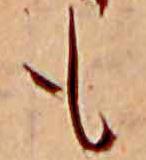
も